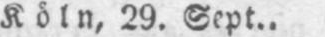
Köln, 29. Sept..